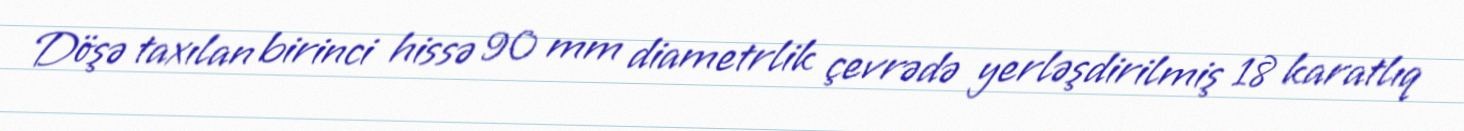
Döşə taxılan birinci hissə 90 mm diametrlik çevrədə yerləşdirilmiş 18 karatlıq